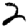
Digit: 2